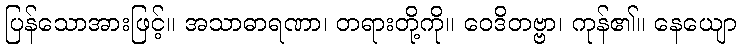
ပြန်သောအားဖြင့်။ အသာဓာရဏာ၊ တရားတို့ကို။ ဝေဒိတဗ္ဗာ၊ ကုန်၏။ နေယျော